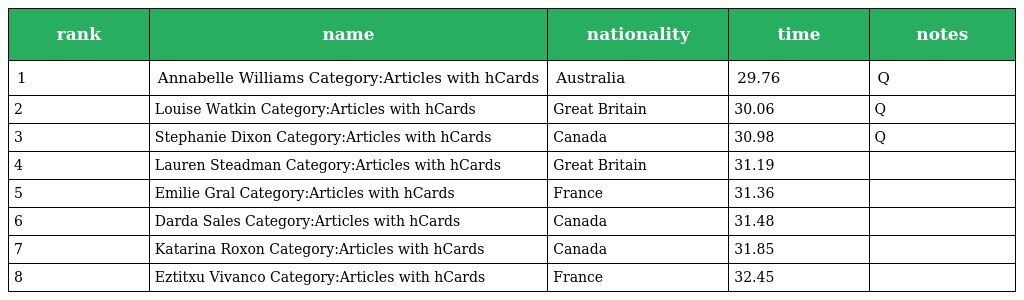
| rank | name | nationality | time | notes |
 | --- | --- | --- | --- | --- |
 | 1 | Annabelle Williams Category:Articles with hCards | Australia | 29.76 | Q |
 | 2 | Louise Watkin Category:Articles with hCards | Great Britain | 30.06 | Q |
 | 3 | Stephanie Dixon Category:Articles with hCards | Canada | 30.98 | Q |
 | 4 | Lauren Steadman Category:Articles with hCards | Great Britain | 31.19 |  |
 | 5 | Emilie Gral Category:Articles with hCards | France | 31.36 |  |
 | 6 | Darda Sales Category:Articles with hCards | Canada | 31.48 |  |
 | 7 | Katarina Roxon Category:Articles with hCards | Canada | 31.85 |  |
 | 8 | Eztitxu Vivanco Category:Articles with hCards | France | 32.45 |  |